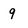
Character: 9